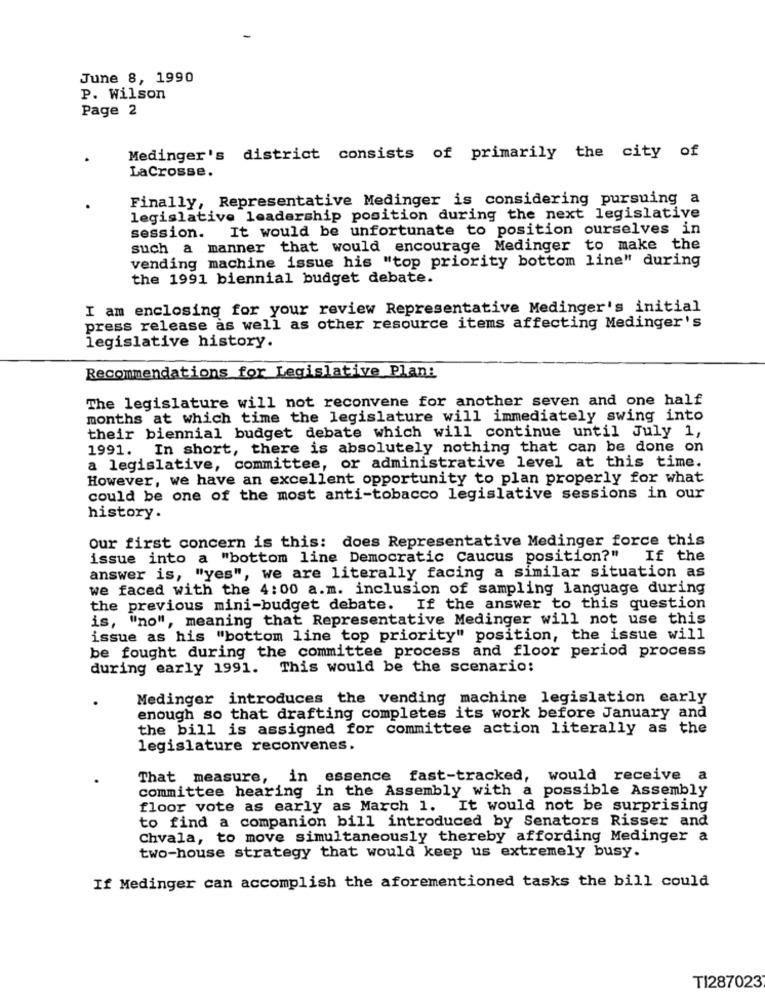
June 8, 1990
P. Wilson
Page 2
Medinger's district consists of primarily the city of
LaCrosse.
Finally, Representative Medinger is considering pursuing a
legislative leadership position during the next legislative
It would be unfortunate to position ourselves in
session.
such a manner that would encourage Medinger to make the
vending machine issue his "top priority bottom line" during
the 1991 biennial budget debate.
I am enclosing for your review Representative Medinger's initial
press release as well as other resource items affecting Medinger's
legislative history.
Recommendations for Legislative Plan:
The legislature will not reconvene for another seven and one half
months at which time the legislature will immediately swing into
their biennial budget debate which will continue until July 1,
1991. In short, there is absolutely nothing that can be done on
a legislative, committee, or administrative level at this time.
However, we have an excellent opportunity to plan properly for what
could be one of the most anti-tobacco legislative sessions in our
history.
Our first concern is this: does Representative Medinger force this
issue into a "bottom line Democratic Caucus position?" If the
answer is, "yes", we are literally facing a similar situation as
we faced with the 4:00 a.m. inclusion of sampling language during
the previous mini-budget debate. If the answer to this question
is, "no", meaning that Representative Medinger will not use this
issue as his "bottom line top priority" position, the issue will
be fought during the committee process and floor period process
during early 1991. This would be the scenario:
Medinger introduces the vending machine legislation early
enough so that drafting completes its work before January and
the bill is assigned for committee action literally as the
legislature reconvenes.
That measure, in essence fast-tracked, would receive a
committee hearing in the Assembly with a possible Assembly
floor vote as early as March 1. It would not be surprising
to find a companion bill introduced by Senators Risser and
Chvala, to move simultaneously thereby affording Medinger a
two-house strategy that would keep us extremely busy.
If Medinger can accomplish the aforementioned tasks the bill could
TI287023